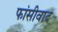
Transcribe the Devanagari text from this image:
फांसीवाद